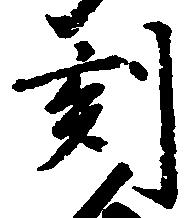
刻